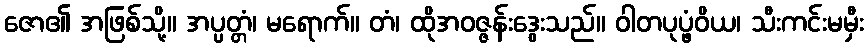
ဇော၏ အဖြစ်သို့။ အပ္ပတ္တံ၊ မရောက်။ တံ၊ ထိုအဝဇ္ဇန်းဒွေးသည်။ ဝါတပုပ္ဖံဝိယ၊ သီးကင်းမမှီး